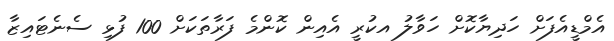
އެމްޑީއެފަށް ހަދިޔާކޮށް ހަވާލު އކުރީ އެއިން ކޮންމެ ފަރާތަކަށް 100 ފުޅި ސެނެޓައިޒާ